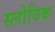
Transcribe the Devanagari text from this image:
स्लोविक